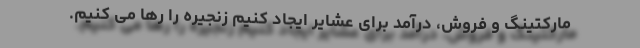
مارکتینگ و فروش، درآمد برای عشایر ایجاد کنیم زنجیره را رها می کنیم.